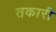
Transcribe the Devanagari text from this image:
तकारी